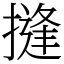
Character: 摓